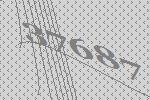
37687